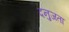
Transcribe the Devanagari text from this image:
दनुजता